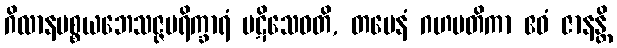
ဂိလာနပစ္စယဘေသဇ္ဇပရိက္ခာရံ ပဋိသေဝတိ, တမေနံ ဂဟပတိကာ ဧဝံ ဇာနန္တိ